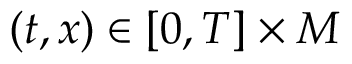
( t , x ) \in [ 0 , T ] \times M